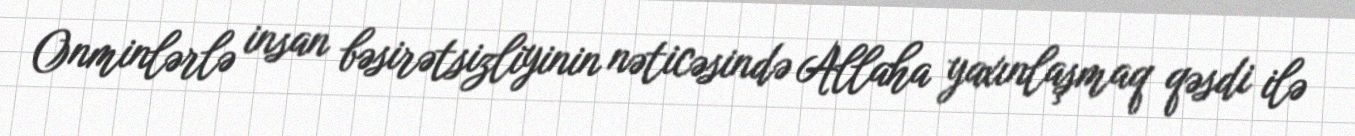
Onminlərlə insan bəsirətsizliyinin nəticəsində Allaha yaxınlaşmaq qəsdi ilə